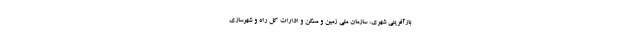
بازآفرینی شهری، سازمان ملی زمین و مسکن و ادارات کل راه و شهرسازی